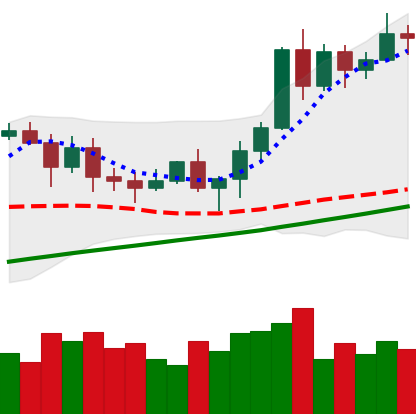
Ticker: ETH-USD
Chart end date: 2020-11-12
Forward return: 4.198%
Label: up_3_5